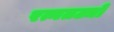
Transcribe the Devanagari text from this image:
रत्नतट्यो